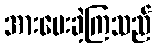
အားပေးခဲ့ကြသည်